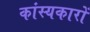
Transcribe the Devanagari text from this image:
कांस्यकारों